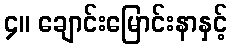
၄။ ချောင်းမြောင်းနာနှင့်